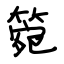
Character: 箢